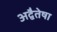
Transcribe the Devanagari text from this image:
अद्वैतेषा